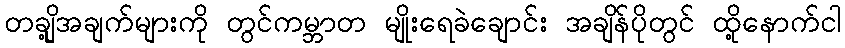
တချို့အချက်များကို တွင်ကမ္ဘာတ မျိုးရေခဲချောင်း အချိန်ပိုတွင် ထို့နောက်ငါ